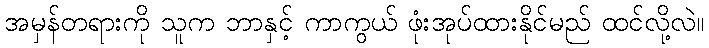
အမှန်တရားကို သူက ဘာနှင့် ကာကွယ် ဖုံးအုပ်ထားနိုင်မည် ထင်လို့လဲ။